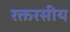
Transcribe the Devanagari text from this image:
रक्तरसीय